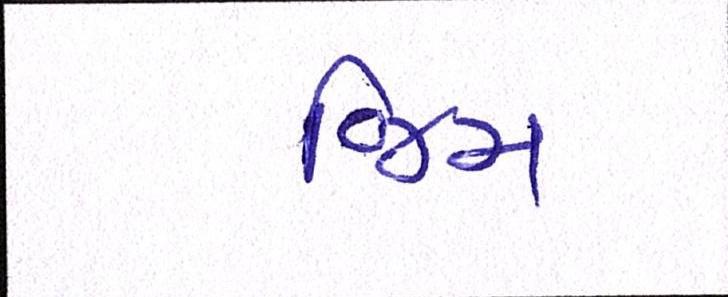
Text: જિમ